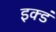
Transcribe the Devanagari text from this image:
इक्डं